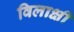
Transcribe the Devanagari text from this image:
विलाक्षी